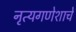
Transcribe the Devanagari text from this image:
नृत्यगणेशाचे